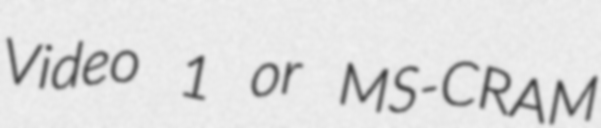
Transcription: Video 1 or MS-CRAM